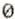
0